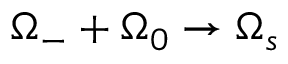
\Omega _ { - } + \Omega _ { 0 } \rightarrow \Omega _ { s }